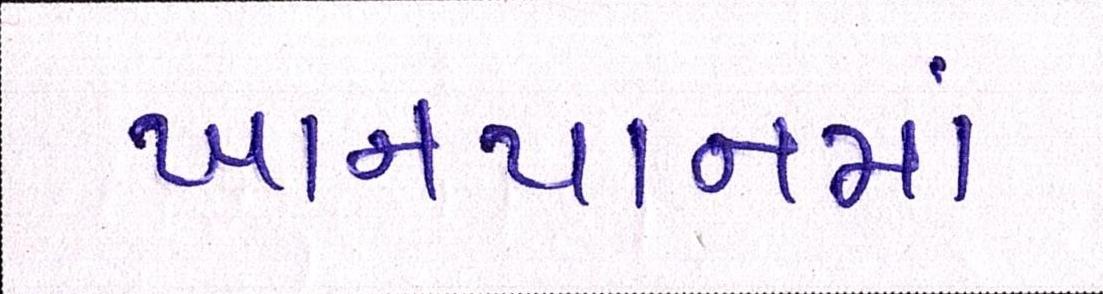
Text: ખાનપાનમાં